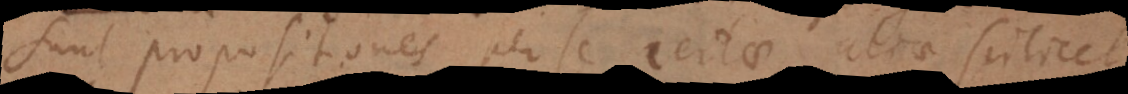
sunt propositiones per se certae, aliae scilicet